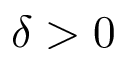
\delta > 0